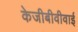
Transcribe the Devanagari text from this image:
केजीबीवीवाई